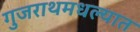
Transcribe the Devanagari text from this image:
गुजराथमधल्यात